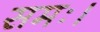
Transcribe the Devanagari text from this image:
समः।